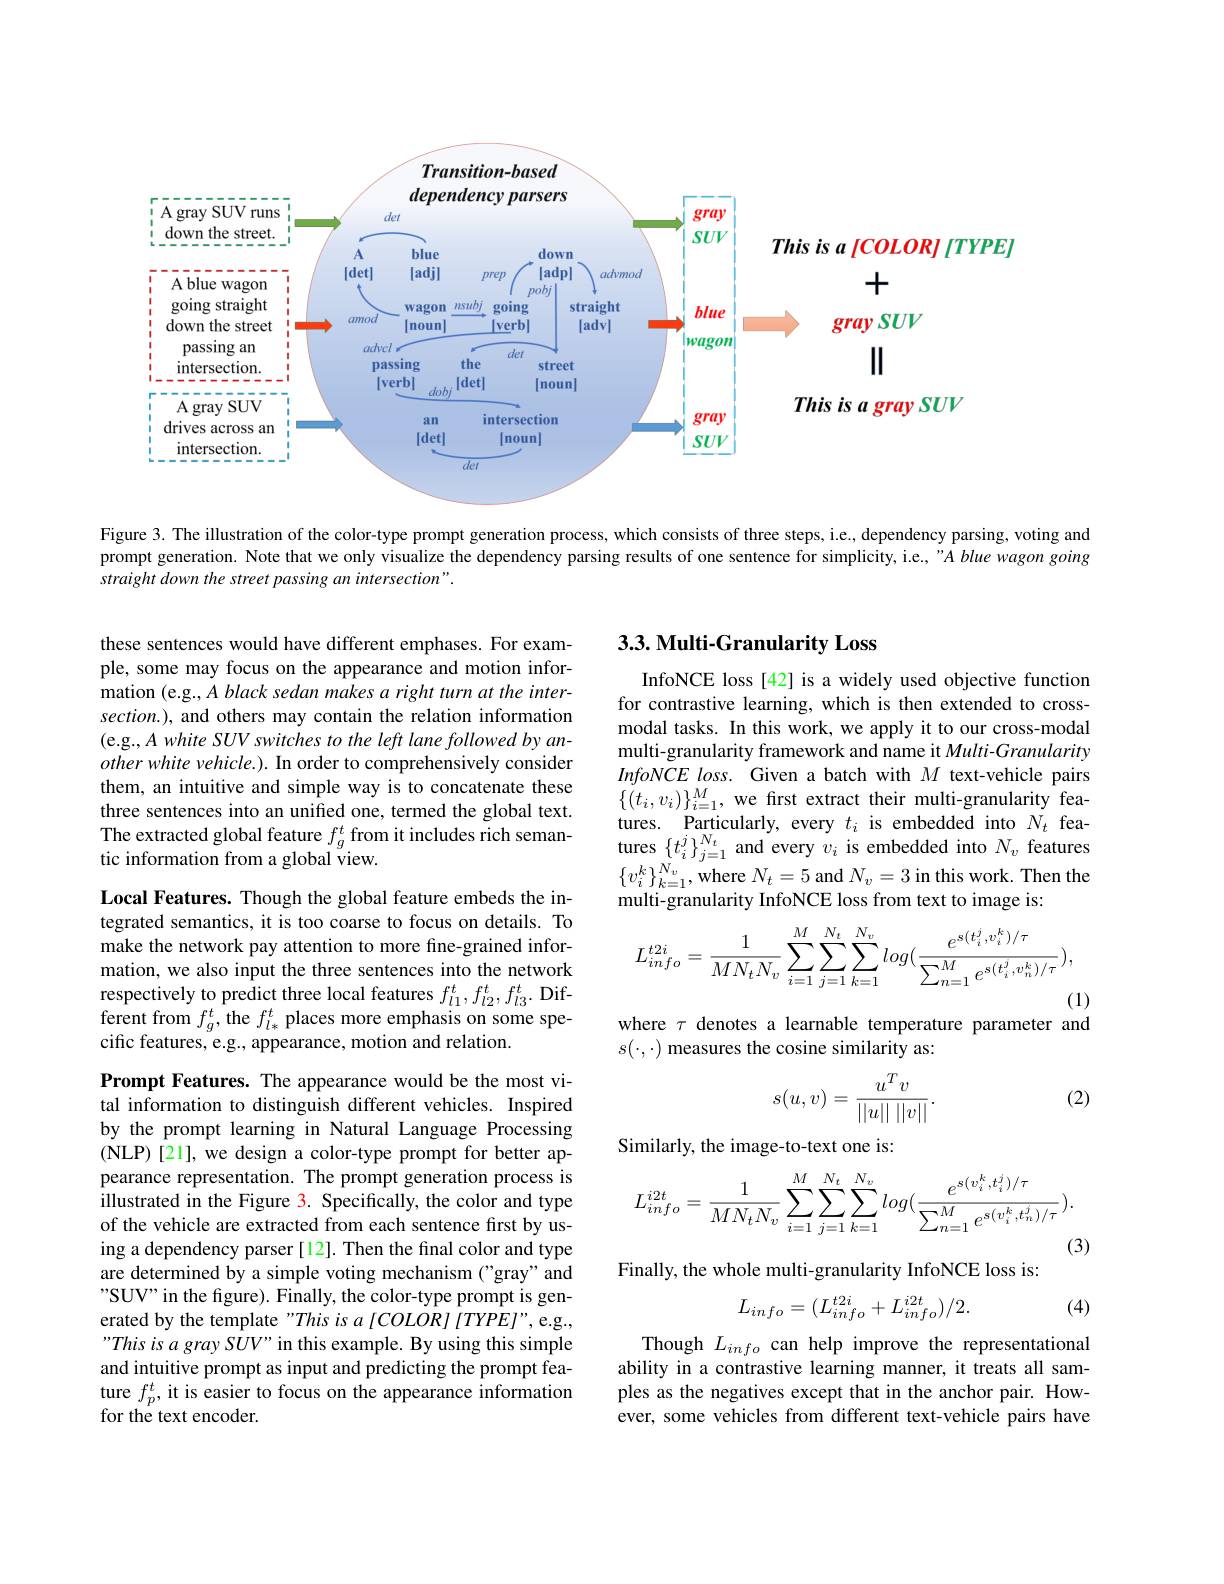
<FigureHere>

Figure 3. The illustration of the color-type prompt generation process, which consists of three steps, i.e, dependency parsing, voting and prompt generation. Note that we only visualize the dependency parsing results of one sentence for simplicity, i.e, "A blue wagon going straight down the street passing an intersection".

## $3. 3. \textbf{Multi- Granularity Loss}$

these sentences would have different emphases. For example, some may focus on the appearance and motion information (e.g., $\tilde{A} \textit{black sedan makes a right turn at the inter- }$ section.), and others may contain the relation information (e.g., A white SUV switches to the left lane followed by an- $otherwhite\textit{ vehicle. ) . In order to comprehensively consider}$ them, an intuitive and simple way is to concatenate these three sentences into an unified one, termed the global text. The extracted global feature $f_g^t$ from it includes rich semantic information from a global view.

InfoNCE loss [42] is a widely used objective function for contrastive learning, which is then extended to crossmodal tasks. In this work, we apply it to our cross-modal multi-granularity framework and name it Multi-Granularity $InfoNCEloss.$ Given a batch with $M$ text-vehicle pairs $\begin{array}{ll}{\{(t_{i},v_{i})\}_{i=1}^{M},\text{we first extract their multi-granularity fea-}}\\{\mathrm{tures.~Particularly,~every~}t_{i}\text{ is embedded into}N_{t}\text{ fea-}}\end{array}$ $\begin{array}{ll}{\mathrm{tures.~Particularly,~every~}t_{i}~is~embedded~into~N_{t}~fea-}\\{\mathrm{tures~}\{t_{i}^{j}\}_{j=1}^{N_{t}}~\mathrm{and~every~}v_{i}~is~embedded~into~}N_{v}~\mathrm{features}\\{\{h_{k}^{N},h_{k}^{N},h_{k}^{N},h_{k}^{N},h_{k}^{N},h_{k}^{N},h_{k}^{N},h_{k}^{N},h_{k}^{N},h_{}}\end{array}$ $\{v_{i}^{k}\}_{k=1}^{N_{v}}$,where $N_t=5$ and $N_v=3$ in this work. Then the multi-granularity InfoNCE loss from text to image is:
$$L_{info}^{t2i}=\frac{1}{MN_{t}N_{v}}\sum_{i=1}^{M}\sum_{j=1}^{N_{t}}\sum_{k=1}^{N_{v}}log(\frac{e^{s(t_{i}^{j},v_{i}^{k})/\tau}}{\sum_{n=1}^{M}e^{s(t_{i}^{j},v_{n}^{k})/\tau}}),$$
Local Features. Though the global feature embeds the integrated semantics, it is too coarse to focus on details. To make the network pay attention to more fine-grained information, we also input the three sentences into the network respectively to predict three local features $f_l1^t,f_{l2}^t,f_{l3}^t.$ Different from $f_g^t$, the $f_l*^t$ places more emphasis on some specific features, e.g., appearance, motion and relation.

(1)
where $\tau$ denotes a learnable temperature parameter and

$s(\cdot,\cdot)$ measures the cosine similarity as:

(2)
$$s(u,v)=\frac{u^Tv}{||u||\:||v||}.$$
Similarly, the image-to-text one is:
$$L_{info}^{i2t}=\frac{1}{MN_{t}N_{v}}\sum_{i=1}^{M}\sum_{j=1}^{N_{t}}\sum_{k=1}^{N_{v}}log(\frac{e^{s(v_{i}^{k},t_{i}^{j})/\tau}}{\sum_{n=1}^{M}e^{s(v_{i}^{k},t_{n}^{j})/\tau}}).$$
(3)

Prompt Features. The appearance would be the most vital information to distinguish different vehicles. Inspired by the prompt learning in Natural Language Processing (NLP)[21], we design a color-type prompt for better appearance representation. The prompt generation process is $\hat{\text{illustrated in the Figure 3. Specifically, the color and type}}$ of the vehicle are extracted from each sentence first by using a dependency parser [12]. Then the final color and type are determined by a simple voting mechanism ("gray" and SUV" in the figure). Finally, the color-type prompt is generated by the template "This is a [COLOR] [TYPE]", e.g., "This is a gray SUV" in this example. By using this simple and intuitive prompt as input and predicting the prompt feature $f_p^t$, it is easier to focus on the appearance information for the text encoder.

Finally, the whole multi-granularity InfoNCE loss is:
$$L_{info}=(L_{info}^{t2i}+L_{info}^{i2t})/2.$$
(4)

Though $L_{info}$ can help improve the representational ability in a contrastive learning manner, it treats all samples as the negatives except that in the anchor pair. However, some vehicles from different text-vehicle pairs have